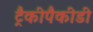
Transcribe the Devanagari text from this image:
ट्रैकीपैकीडी